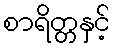
စာရိတ္တနှင့်